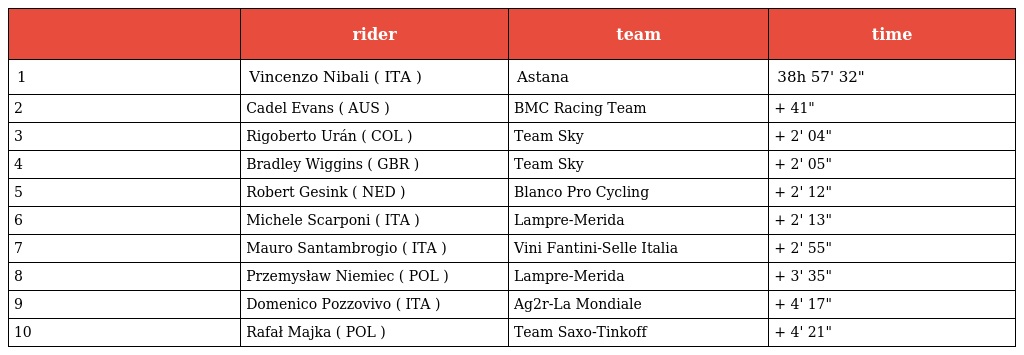
|  | rider | team | time |
 | --- | --- | --- | --- |
 | 1 | Vincenzo Nibali ( ITA ) | Astana | 38h 57' 32" |
 | 2 | Cadel Evans ( AUS ) | BMC Racing Team | + 41" |
 | 3 | Rigoberto Urán ( COL ) | Team Sky | + 2' 04" |
 | 4 | Bradley Wiggins ( GBR ) | Team Sky | + 2' 05" |
 | 5 | Robert Gesink ( NED ) | Blanco Pro Cycling | + 2' 12" |
 | 6 | Michele Scarponi ( ITA ) | Lampre-Merida | + 2' 13" |
 | 7 | Mauro Santambrogio ( ITA ) | Vini Fantini-Selle Italia | + 2' 55" |
 | 8 | Przemysław Niemiec ( POL ) | Lampre-Merida | + 3' 35" |
 | 9 | Domenico Pozzovivo ( ITA ) | Ag2r-La Mondiale | + 4' 17" |
 | 10 | Rafał Majka ( POL ) | Team Saxo-Tinkoff | + 4' 21" |